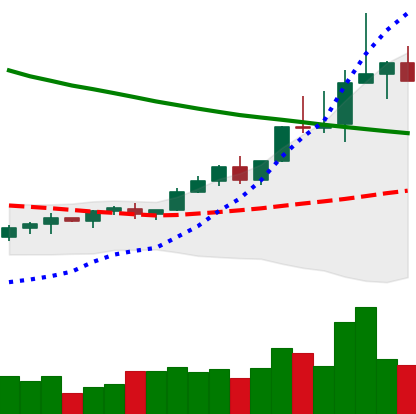
Ticker: TRX-USD
Chart end date: 2022-04-02
Forward return: -12.041%
Label: down_7plus